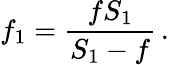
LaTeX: f_{1}={\frac{fS_{1}}{S_{1}-f}}\, .